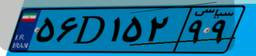
۵۴D۳۵۵۱۲